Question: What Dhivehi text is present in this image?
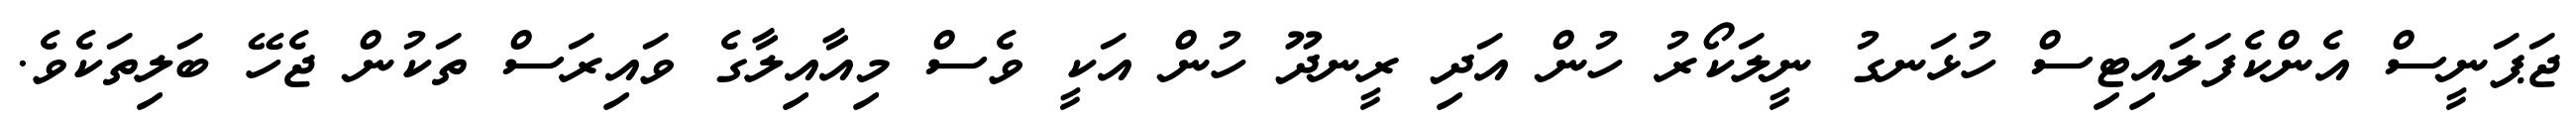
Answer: ޖަޕަނީސް އެންކެފަލައިޓިސް ހުޅަނގު ނީލަކޯރު ހުން އަދި ރީނދޫ ހުން އަކީ ވެސް މިއާއިލާގެ ވައިރަސް ތަކުން ޖެހޭ ބަލިތަކެވެ.